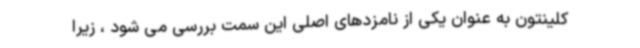
کلینتون به عنوان یکی از نامزدهای اصلی این سمت بررسی می شود ، زیرا